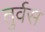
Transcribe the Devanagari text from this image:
तुर्वस